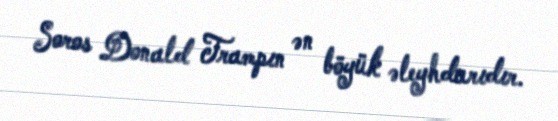
Soros Donald Trampın ən böyük əleyhdarıdır.